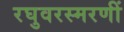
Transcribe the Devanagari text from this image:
रघुवरस्मरणीं